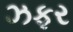
ઝફર